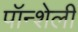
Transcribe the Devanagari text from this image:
पॉन्शेली